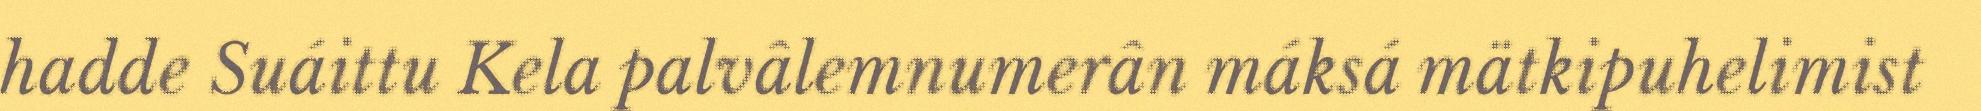
hadde Suáittu Kela palvâlemnumerân máksá mätkipuhelimist